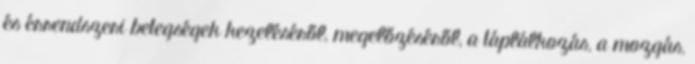
és érrendszeri betegségek kezeléséről, megelőzéséről, a táplálkozás, a mozgás,